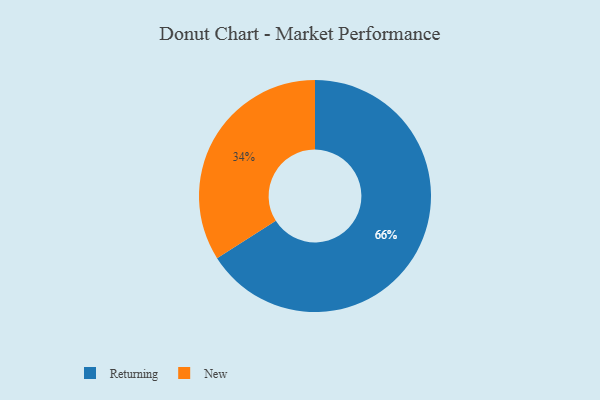
{"axis": {"x": "Category", "y": "Percentage"}, "legend": ["New", "Returning"], "data": [{"x": "New", "y": 34, "type": "New"}, {"x": "Returning", "y": 66, "type": "Returning"}]}